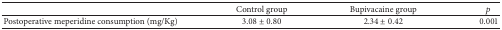
<table><thead><tr><td><b> </b></td><td><b>Control group</b></td><td><b>Bupivacaine group</b></td><td><b><i>p</i></b></td></tr></thead><tbody><tr><td>Postoperative meperidine consumption (mg/Kg)</td><td>3.08 ± 0.80</td><td>2.34 ± 0.42</td><td>0.001</td></tr></tbody></table>